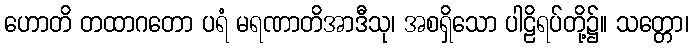
ဟောတိ တထာဂတော ပရံ မရဏာတိအာဒီသု၊ အစရှိသော ပါဠိရပ်တို့၌။ သတ္တော၊